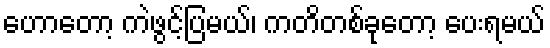
ဟောတော့ ကဲဖွင့်ပြမယ်၊ ကတိတစ်ခုတော့ ပေးရမယ်